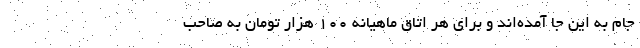
جام به این جا آمده‌اند و برای هر اتاق ماهیانه ۱۰۰ هزار تومان به صاحب